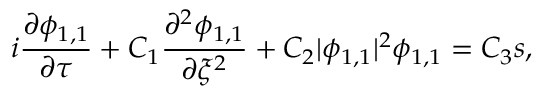
i \frac { \partial \phi _ { 1 , 1 } } { \partial \tau } + C _ { 1 } \frac { \partial ^ { 2 } \phi _ { 1 , 1 } } { \partial \xi ^ { 2 } } + C _ { 2 } | \phi _ { 1 , 1 } | ^ { 2 } \phi _ { 1 , 1 } = C _ { 3 } s ,